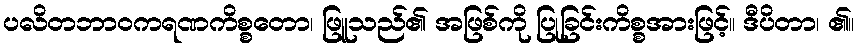
ပလိတဘာဝကရဏကိစ္စတော၊ ဖြူသည်၏ အဖြစ်ကို ပြုခြင်းကိစ္စအားဖြင့်။ ဒီပိတာ၊ ၏။